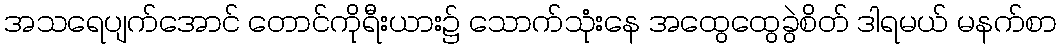
အသရေပျက်အောင် တောင်ကိုရီးယား၌ သောက်သုံးနေ အထွေထွေခွဲစိတ် ဒါရမယ် မနက်စာ